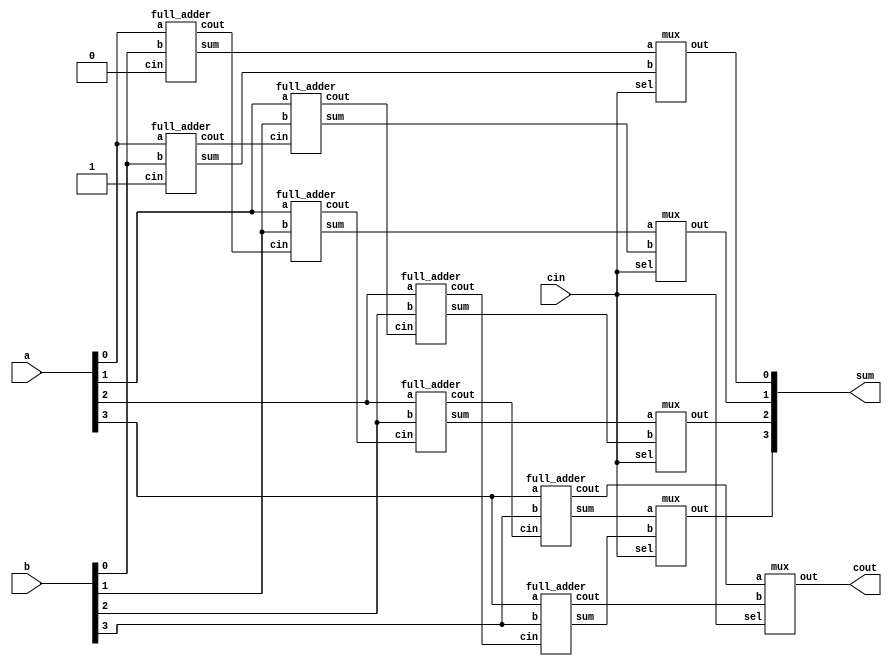
`timescale 1ns / 1ps

module carry_select_adder(a,b,cin,sum,cout);
input [3:0] a,b;
input cin;
output  [3:0] sum;
output cout;

wire [3:0] sum_0,sum_1;
wire out_0,out_1,c1,c2,c3,c4,c5,c6,cout_0,cout_1;

//instance of full adder for cin=0
full_adder f0_0(a[0],b[0],1'b0,sum_0[0],c1);
full_adder f1_0(a[1],b[1],c1,sum_0[1],c2);
full_adder f2_0(a[2],b[2],c2,sum_0[2],c3);
full_adder f3_0(a[3],b[3],c3,sum_0[3],cout_0);

//instance of full adder for cin=1
full_adder f0_1(a[0],b[0],1'b1,sum_1[0],c4);
full_adder f1_1(a[1],b[1],c4,sum_1[1],c5);
full_adder f2_1(a[2],b[2],c5,sum_1[2],c6);
full_adder f3_1(a[3],b[3],c6,sum_1[3],cout_1);

//selection of sum and carry depending on cin
mux m1(sum_0[0],sum_1[0],cin,sum[0]);
mux m2(sum_0[1],sum_1[1],cin,sum[1]);
mux m3(sum_0[2],sum_1[2],cin,sum[2]);
mux m4(sum_0[3],sum_1[3],cin,sum[3]);
mux m5(cout_0,cout_1,cin,cout); 
endmodule


module full_adder(a,b,cin,sum,cout);
input a,b,cin;
output sum,cout;

assign sum = a^b^cin;
assign cout = a&b | b&cin | a&cin; 
endmodule


module mux(a,b,sel,out);
input a,b,sel;
output out;

assign out = a&~sel | b&sel;

endmodule